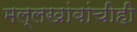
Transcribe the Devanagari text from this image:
मल्लखांबांचीही